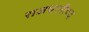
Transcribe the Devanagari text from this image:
राजधानीपद